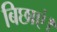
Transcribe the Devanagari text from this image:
बिछाएं।